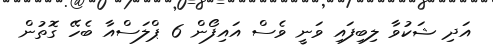
އަދި ޝަކުވާ ލިބިފައި ވަނީ ވެސް އައިފޯން 6 ޕްލަސްއާ ބެހޭ ގޮތުން